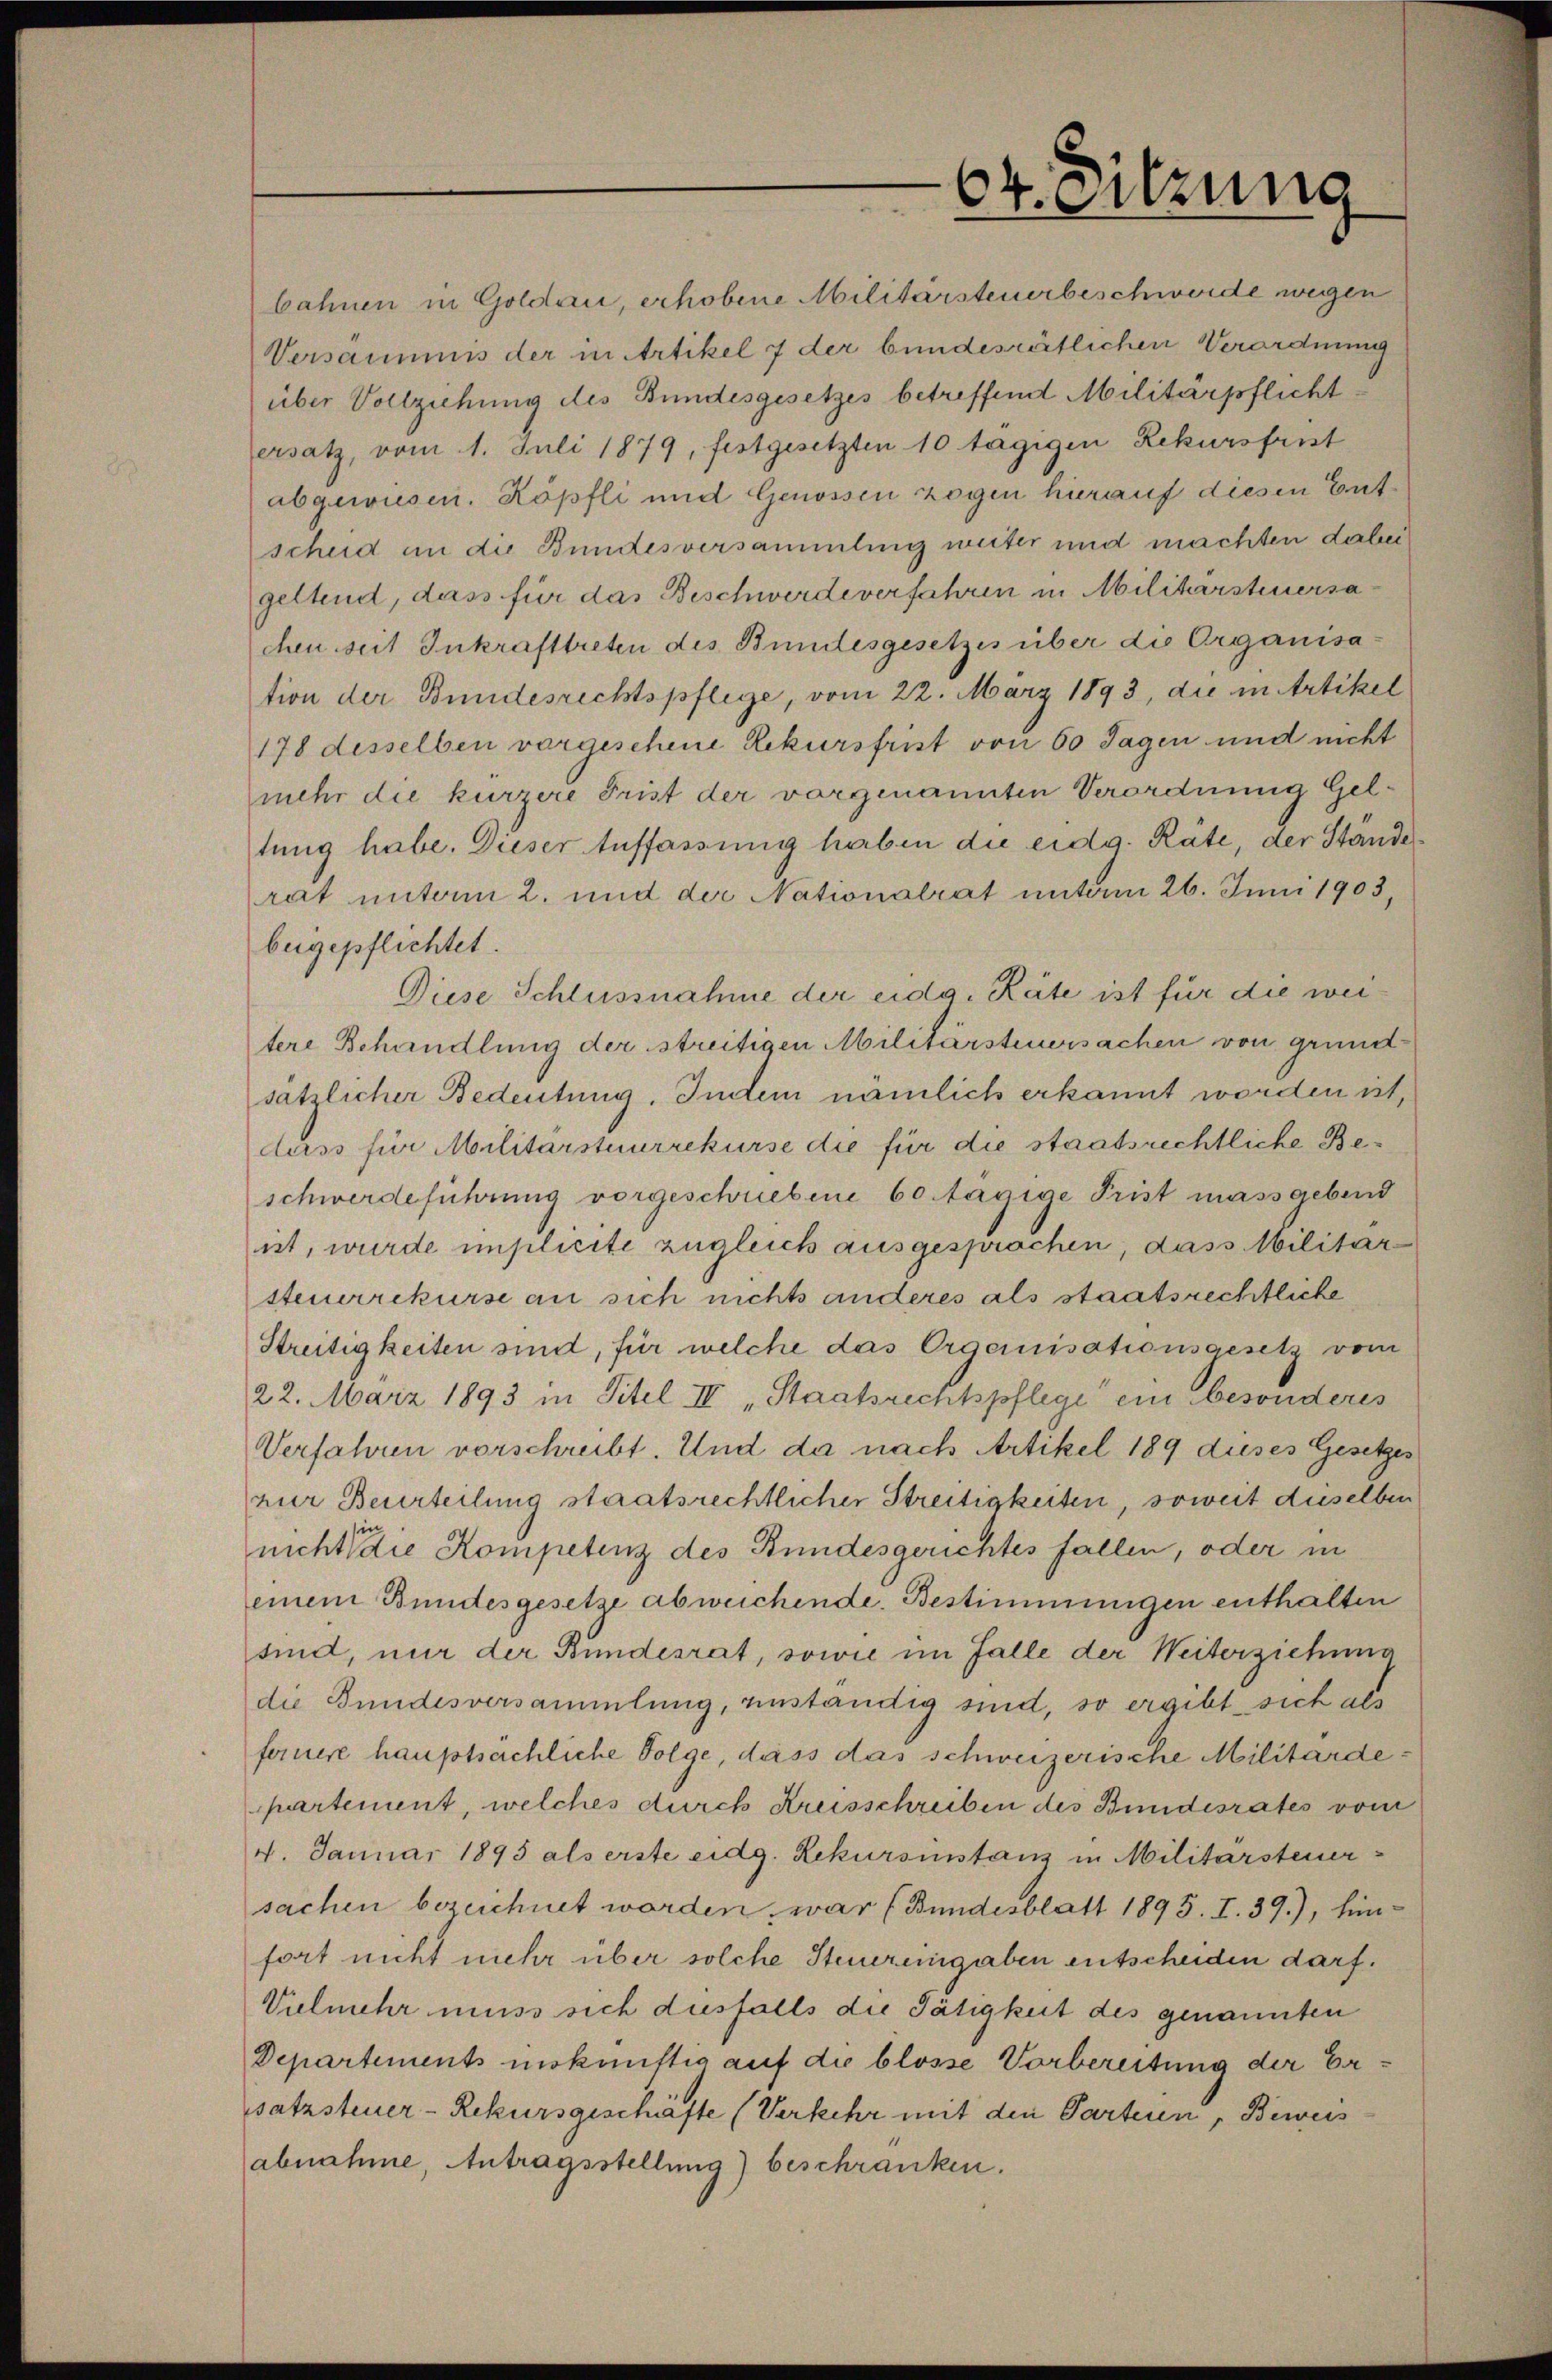
64. Sitzung

bahnen in Goldau, erhobene Militarsteuerbeschwerde wegen
Versammmis der in Artikel 7 der bundesrätlichen Verordnung
über Vollziehung des Bundesgesetzes betreffend Militärpflicht
ersatz, vom 1. Juli 1879, festgesetzten 10 tägigen Rekursfrist
abgewiesen. Köpfli und Genossen zogen hierauf diesen Entscheid an die Bundesversammlung weiter und machten dabei
geltend, dass für das Beschwerde verfahren in Militarsteuersachen seit Inkrafttreten des Bundesgesetzes über die Organisa-
tion der Bundesrechtspflege, vom 22. März 1893, die in Artikel
178 desselben vorgeschene Rekursfrist von 60 Tagen und nicht
mehr die kurzere Frist der vorgenannten Verordnung Geltung habe. Dieser Auffassung haben die eidg. Räte, der Stände
rat unterm 2. und der Nationalrat unterm 26. Juni 1903,
beigepflichtet.
Diese Schlussnahme der eidg. Räte ist für die weitere Behandlung der streitigen Militärsteuersachen von grund
sätzlicher Bedeutung, Indem nämlich erkannt worden ist,
dass für Militärstaurrekurse die für die staatsrechtliche Beschwerdeführung vorgeschriebene 60 tägige Frist massgebend
it, wurde implicite zugleich ausgesprochen, dass Militar
steuerrekurse an sich nichts anderes als staatsrechtliche
Streitigkeiten sind, für welche das Organisationsgesetz vom
22. März 1893 in Titel IV „Staatsrechtspflege ein besonderes
Verfahren vorschreibt. Und da nach Artikel 189 dieses Gesetze
zur Beurteilung staatsrechtlicher Streitigkeiten, soweit dieselben
nicht die Kompetenz des Bundesgerichtes fallen, oder in
einem Bundesgesetze abweichende Bestimmungen enthalten
sind, nur der Bundesrat, sowie im Falle der Weiterziehung
die Bundesversammlung, anständig sind, so ergibt sich als
fernere hauptsächliche Folge, dass das schweizerische Militärdepartement, welches durch Kreisschreiben des Bundesrates vom
4. Januar 1895 als erste eidg. Rekursinstanz in Militärsteuersachen bezeichnet worden, war (Bundesblatt 1895. I. 39.), hinfort nicht mehr über solche Steuereingaben entscheiden darf.
Vielmehr muss sich ausfalls die Tätigkeit des genannten
Departements unkünftig auf die blosse Vorbereitung der Ersatzsteuer- Rekursgeschafte (Verkehr mit den Parteien, Beweis
abnahme, Antragsstellung) beschränken.